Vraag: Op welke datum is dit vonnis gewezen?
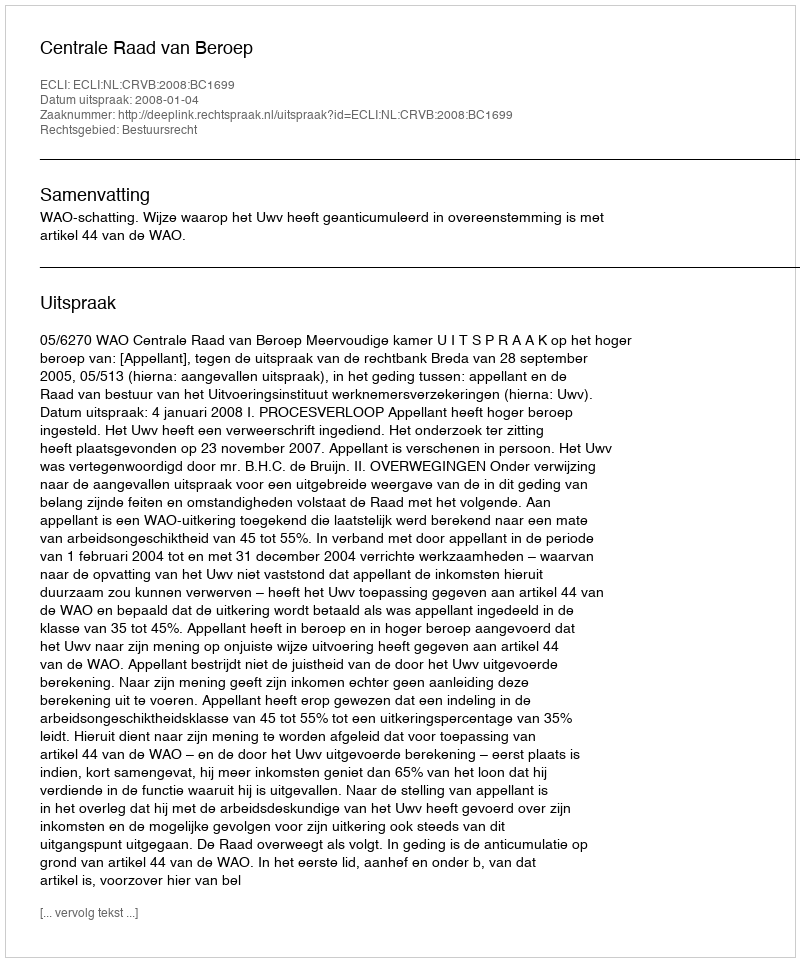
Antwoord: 2008-01-04